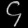
Digit: ၄